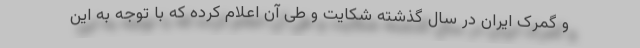
و گمرک ایران در سال گذشته شکایت و طی آن اعلام کرده که با توجه به این